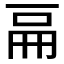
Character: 𠀷